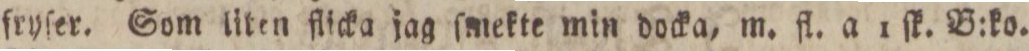
fryſer. Som liten flicka jag ſmekte min docka, m. fl. a 1 ſk. B:ko.